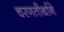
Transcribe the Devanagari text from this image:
चरणतीर्थाने